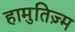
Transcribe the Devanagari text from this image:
हामुतिज़्म